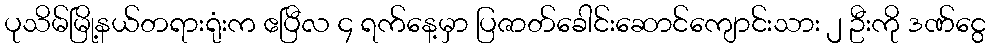
ပုသိမ်မြို့နယ်တရားရုံးက ဧပြီလ ၄ ရက်နေ့မှာ ပြဇာတ်ခေါင်းဆောင်ကျောင်းသား ၂ ဦးကို ဒဏ်ငွေ